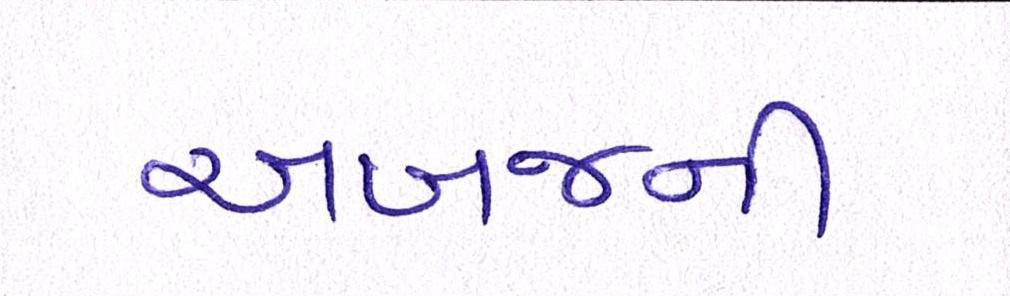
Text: અબજની